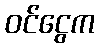
ဝင်ငွေက